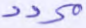
مردد